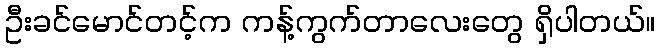
ဦးခင်မောင်တင့်က ကန့်ကွက်တာလေးတွေ ရှိပါတယ်။